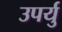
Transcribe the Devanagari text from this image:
उपर्यु